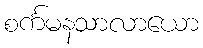
စင်္ကမနသာလာယော